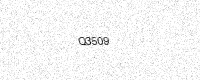
Text: Q3509